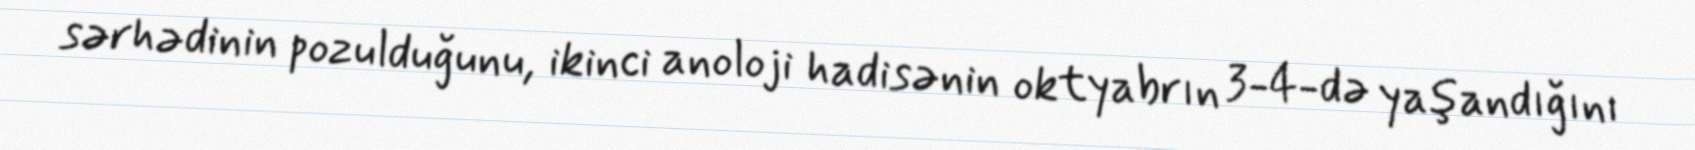
sərhədinin pozulduğunu, ikinci anoloji hadisənin oktyabrın 3-4-də yaşandığını